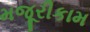
મજૂરીકામ